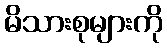
မိသားစုများကို